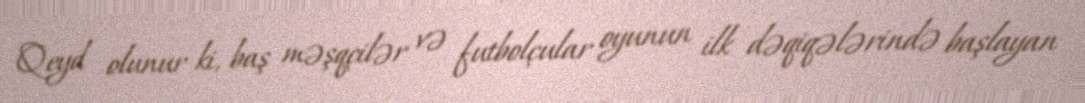
Qeyd olunur ki, baş məşqçilər və futbolçular oyunun ilk dəqiqələrində başlayan